Report of the Imperial Institute of Veterinary Research, Muktesar
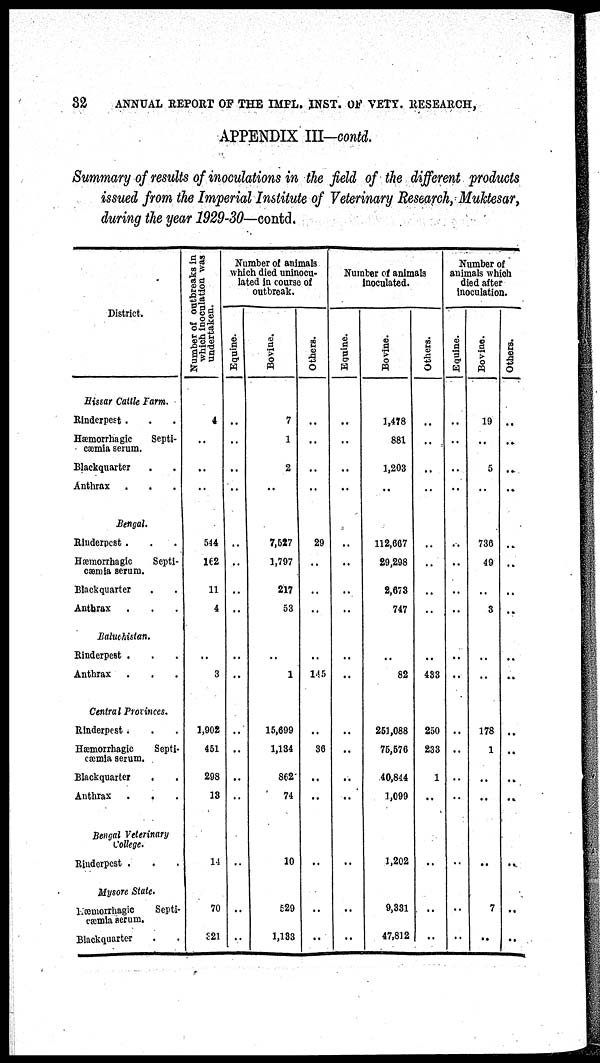
32
ANNUAL REPORT OF THE IMPL. INST. OF VETY. RESEARCH,
APPENDIX III-contd.
Summary of results of inoculations in the field of the different products
issued from the Imperial Institute of Veterinary Research, Muktesar,
during the year 1929-30—contd.
District.
Hissar Cattle Farm.
Rinderpest .
Hæmorrhagic
Septi-
cæmia serum.
Blackquarter
Anthrax
Bengal.
Rinderpest .
Hæmorrhagic
Septi-
cæmia serum.
Blackquarter
Anthrax
Baluchistan.
Rinderpest .
Anthrax
Central Provinces.
Rinderpest .
Hæmorrhagic
Septi-
cæmia serum.
Blackquarter
.
Anthrax .
.
Bengal Veterinary
College.
Rinderpest .
Mysore State.
Hæmorrhagic
Septi-
cæmia serum.
Blackquarter
Number of outbreaks in
which inoculation was
undertaken.
4
..
..
..
544
162
11
4
..
3
1,902
451
298
13
14
70
321
Number of animals
which died uninocu¬
lated in course of
outbreak.
Equines.
..
..
..
..
..
..
..
..
..
..
..
..
..
..
..
..
..
Bovine.
7
1
2
..
7,527
1,797
217
53
..
1
15,699
1,134
862
74
10
529
1,133
Others.
..
..
..
..
29
..
..
..
..
145
..
36
..
..
..
..
..
Number of animals
inoculated.
Equine.
..
..
..
..
..
..
..
..
..
..
..
..
..
..
..
..
Bovine.
1,478
881
1,203
..
112,667
29,298
2,673
747
..
82
251,088
75,576
40,844
1,099
1,202
9,331
47,812
Others.
..
..
..
..
..
..
..
..
433
250
233
1
..
..
..
..
Number of
animals which
died after
inoculation.
Equine.
..
..
..
..
..
..
..
..
..
..
..
..
..
..
..
..
Bovine.
19
..
5
736
49
..
3
..
..
178
1
..
..
..
7
..
Others.
..
..
..
..
..
..
..
..
..
..
..
..
..
..
..